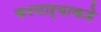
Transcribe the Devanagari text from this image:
करणाऱ्याकडे